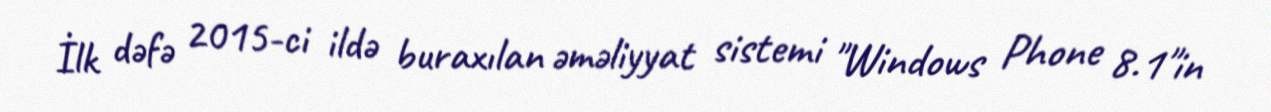
İlk dəfə 2015-ci ildə buraxılan əməliyyat sistemi "Windows Phone 8.1"in